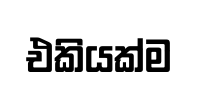
එකියක්ම